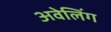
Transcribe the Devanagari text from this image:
अवेलिंग